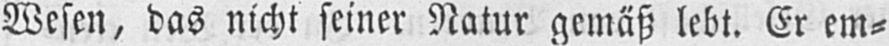
Wesen, das nicht seiner Natur gemäß lebt. Er em⸗